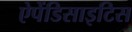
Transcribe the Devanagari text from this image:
ऐपेंडिसाइटिस